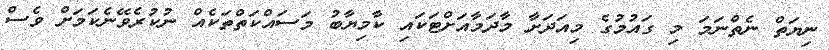
ނިޔަތް ނެތްނަމަ މި ގައުމުގެ މިއަދަށާ މާދަމާއަށްޓަކައި ކާމިޔާބު މަސައްކަތްތަކެއް ނުކުރެވޭނެކަމަށް ވެސް